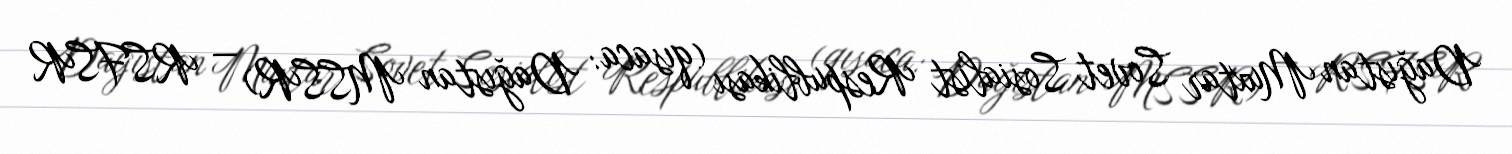
Dağıstan Muxtar Sovet Sosialist Respublikası (qısaca: Dağıstan MSSR) — RSFSR